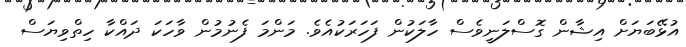
އުޅޭބަޔަށް އިޝާން ގޮސްލަނީވެސް ހާލަކުން ފަހަރަކުއެވެ. މަންމަ ފެނުމުން ވާހަކަ ދައްކާ ހިތްވިޔަސް